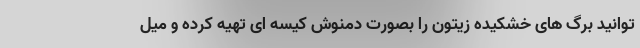
توانید برگ های خشکیده زیتون را بصورت دمنوش کیسه ای تهیه کرده و میل